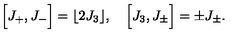
\Bigl [ J _ { + } , J _ { - } \Bigr ] = \lfloor 2 J _ { 3 } \rfloor , \quad \Bigl [ J _ { 3 } , J _ { \pm } \Bigr ] = \pm J _ { \pm } .